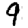
Digit: 9